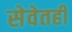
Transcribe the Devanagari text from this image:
सेवेतही